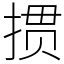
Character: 掼